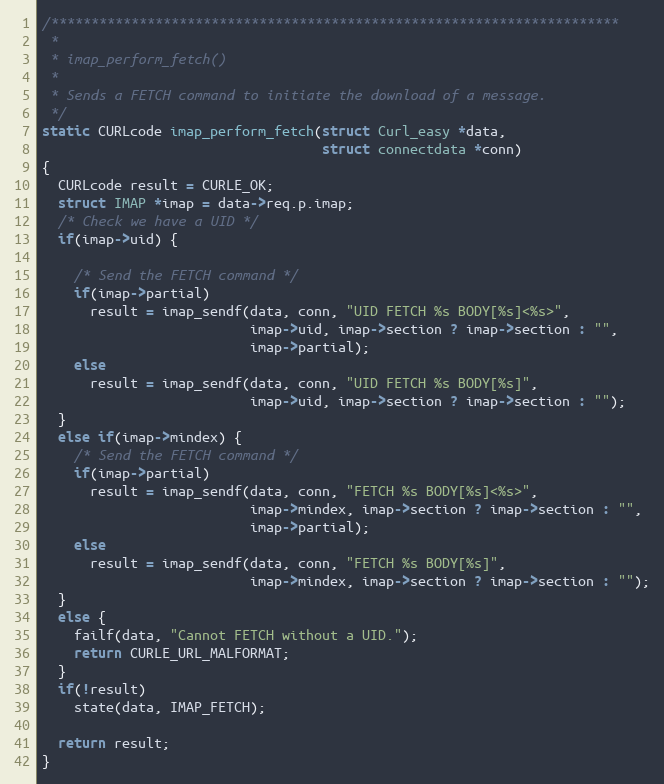
Language: C
/***********************************************************************
 *
 * imap_perform_fetch()
 *
 * Sends a FETCH command to initiate the download of a message.
 */
static CURLcode imap_perform_fetch(struct Curl_easy *data,
                                   struct connectdata *conn)
{
  CURLcode result = CURLE_OK;
  struct IMAP *imap = data->req.p.imap;
  /* Check we have a UID */
  if(imap->uid) {

    /* Send the FETCH command */
    if(imap->partial)
      result = imap_sendf(data, conn, "UID FETCH %s BODY[%s]<%s>",
                          imap->uid, imap->section ? imap->section : "",
                          imap->partial);
    else
      result = imap_sendf(data, conn, "UID FETCH %s BODY[%s]",
                          imap->uid, imap->section ? imap->section : "");
  }
  else if(imap->mindex) {
    /* Send the FETCH command */
    if(imap->partial)
      result = imap_sendf(data, conn, "FETCH %s BODY[%s]<%s>",
                          imap->mindex, imap->section ? imap->section : "",
                          imap->partial);
    else
      result = imap_sendf(data, conn, "FETCH %s BODY[%s]",
                          imap->mindex, imap->section ? imap->section : "");
  }
  else {
    failf(data, "Cannot FETCH without a UID.");
    return CURLE_URL_MALFORMAT;
  }
  if(!result)
    state(data, IMAP_FETCH);

  return result;
}